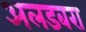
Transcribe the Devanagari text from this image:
अलडबरा